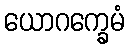
ယောဂက္ခေမံ